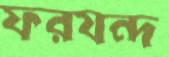
ফরযন্দ